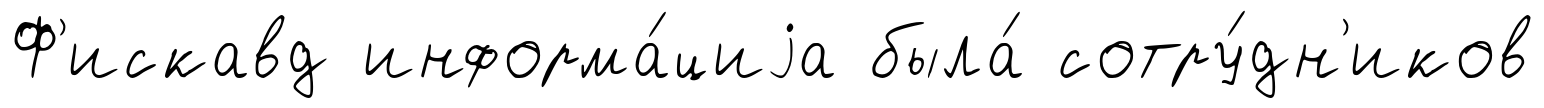
Ф'искавд информа́циjа была́ сотру́дн'иков